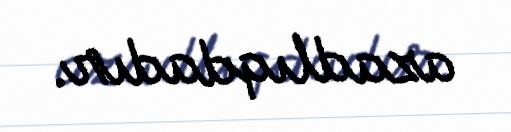
azadlıqdadır.